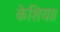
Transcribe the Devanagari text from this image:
केशिया।